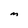
Character: m